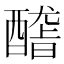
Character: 𨢳